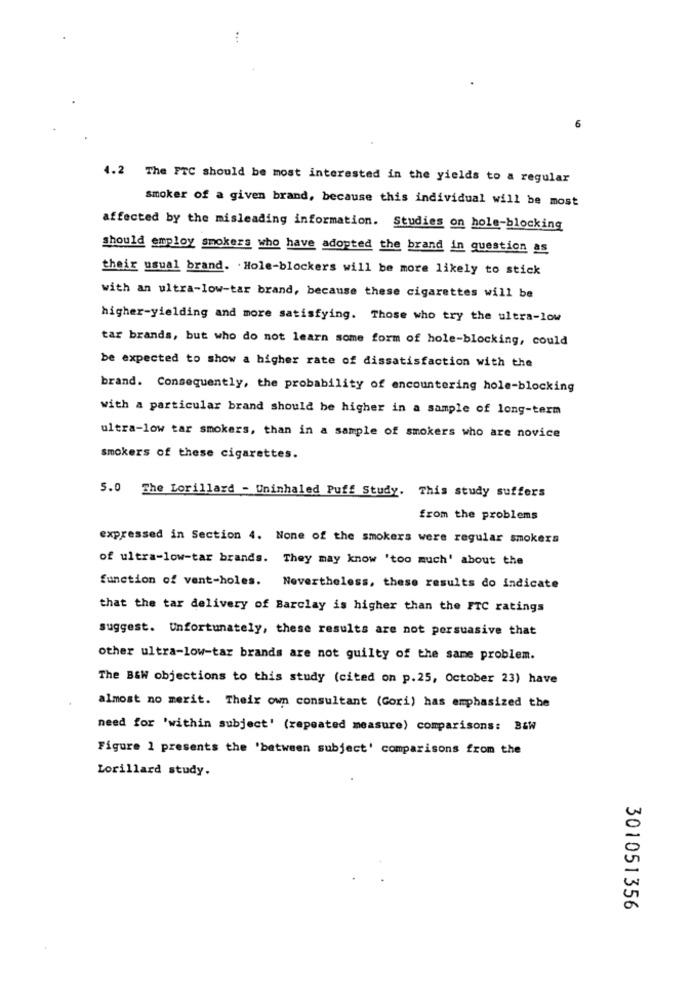
...
4.2 The FTC should be most interested in the yields to a regular
smoker of a given brand, because this individual will be most
affected by the misleading information. Studies on hole-blocking
should employ smokers who have adopted the brand in question as
their usual brand. . Hole-blockers will be more likely to stick
with an ultra-low-tar brand, because these cigarettes will be
higher-yielding and more satisfying. Those who try the ultra-low
tar brands, but who do not learn some form of hole-blocking, could
be expected to show a higher rate of dissatisfaction with the
brand. Consequently, the probability of encountering hole-blocking
with a particular brand should be higher in a sample of long-term
ultra-low tar smokers, than in a sample of smokers who are novice
smokers of these cigarettes.
5.0 The Lorillard - Uninhaled Puff Study.
This study suffers
from the problems
expressed in Section 4. None of the smokers were regular smokers
of ultra-low-tar brands. They may know 'too much' about the
function of vent-holes. Nevertheless, these results do indicate
that the tar delivery of Barclay is higher than the FTC ratings
suggest. Unfortunately, these results are not persuasive that
other ultra-low-tar brands are not guilty of the same problem.
The B&W objections to this study (cited on p.25, October 23) have
almost no merit. Their own consultant (Gori) has emphasized the
need for 'within subject' (repeated measure) comparisons: B&W
Figure 1 presents the 'between subject' comparisons from the
Lorillard study.
301051356